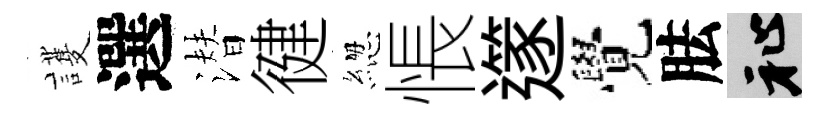
護選潜徤緫悵𨗹覺胠祉